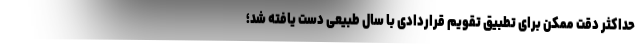
حداکثر دقت ممکن برای تطبیق تقویم قراردادی با سال طبیعی دست یافته شد؛